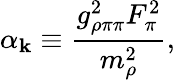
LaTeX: \alpha_{\mathbf{k}}\equiv\frac{{g_{\rho\pi\pi}^{2}F_{\pi}^{2}}}{{m_{\rho}^{2}}},